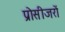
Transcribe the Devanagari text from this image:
प्रोसीजरों